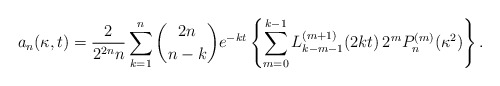
\begin{align*}a_n(\kappa, t) = \frac{2}{2^{2n}n}\sum_{k=1}^{n} \binom{2n}{n-k}e^{-kt} \left\{\sum_{m= 0}^{k-1}L_{k-m-1}^{(m+1)}(2kt)\,2^{m}P_n^{(m)}(\kappa^2)\right\}.\end{align*}